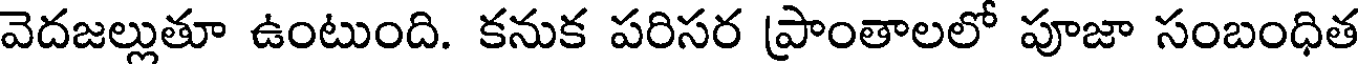
వెదజల్లుతూ ఉంటుంది. కనుక పరిసర ప్రాంతాలలో పూజా సంబంధిత